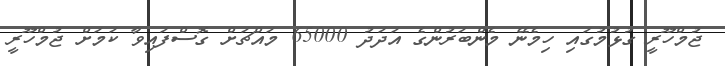
ޖުމްހޫރީ ގުޅުމުގައި ހިމެނޭ މެންބަރުންގެ އަދަދު 65000 މައްޗަށް ގޮސްފައިވާ ކަމަށް ޖުމްހޫރީ